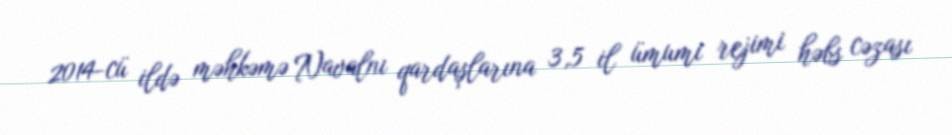
2014-cü ildə məhkəmə Navalnı qardaşlarına 3,5 il ümumi rejimi həbs cəzası